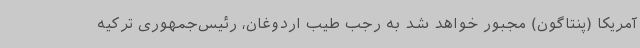
آمریکا (پنتاگون) مجبور خواهد شد به رجب طیب اردوغان، رئیس‌جمهوری ترکیه